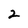
Character: 2